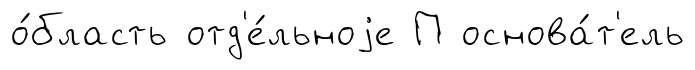
о́бласть отд'е́льноjе П основа́т'ель